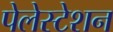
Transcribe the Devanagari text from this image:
पेलेस्टेशन